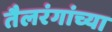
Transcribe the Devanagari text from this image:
तैलरंगांच्या